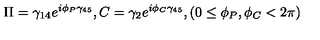
\Pi = \gamma _ { 1 4 } e ^ { i \phi _ { P } \gamma _ { 4 5 } } , C = \gamma _ { 2 } e ^ { i \phi _ { C } \gamma _ { 4 5 } } , ( 0 \leq \phi _ { P } , \phi _ { C } < 2 \pi )